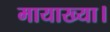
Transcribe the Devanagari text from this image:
मायाख्या।